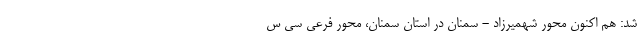
شد: هم اکنون محور شهمیرزاد - سمنان در استان سمنان، محور فرعی سی س